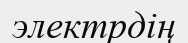
электрдің